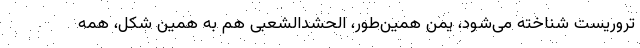
تروریست شناخته می‌شود، یمن همین‌طور، الحشدالشعبی هم به همین شکل، همه